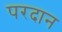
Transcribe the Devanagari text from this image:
परदान